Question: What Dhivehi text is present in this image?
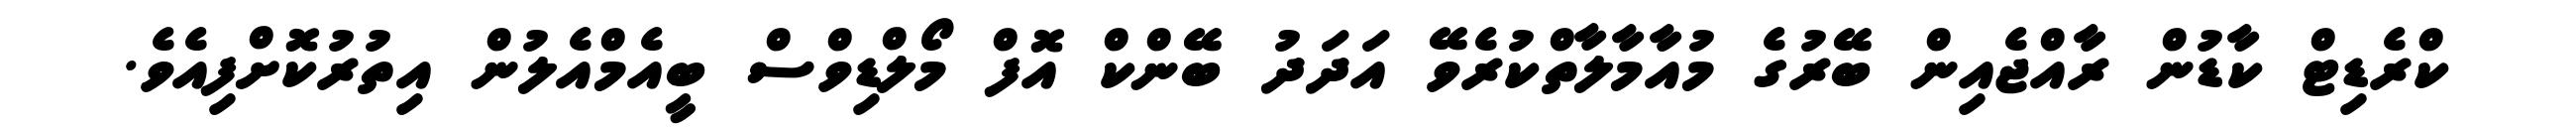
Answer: ކްރެޑިޓް ކާޑުން ރާއްޖެއިން ބޭރުގެ މުއާމާލާތްކުރެވޭ އަދަދު ބޭންކް އޮފް މޯލްޑިވްސް ބީއެމްއެލުން އިތުރުކޮށްފިއެވެ.